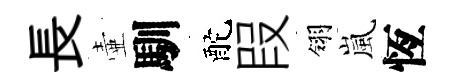
長壷馴酡叚翎嵐恆